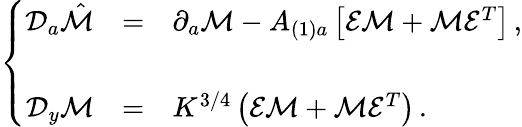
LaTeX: \left\{ \begin{array}{rcl}{{{\cal D}_{a}\hat{\cal M}}}&{{=}}&{{\partial_{a}{\cal M}-A_{(1)a}\left[{\cal E}{\cal M}+{\cal M}{\cal E}^{T}\right]\, ,}}\\ {{}}&{{}}&{{}}\\ {{{\cal D}_{y}{\cal M}}}&{{=}}&{{K^{3/4}\left({\cal E}{\cal M}+{\cal M}{\cal E}^{T}\right)\, .}}\end{array}\right.